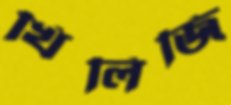
খিলিজি